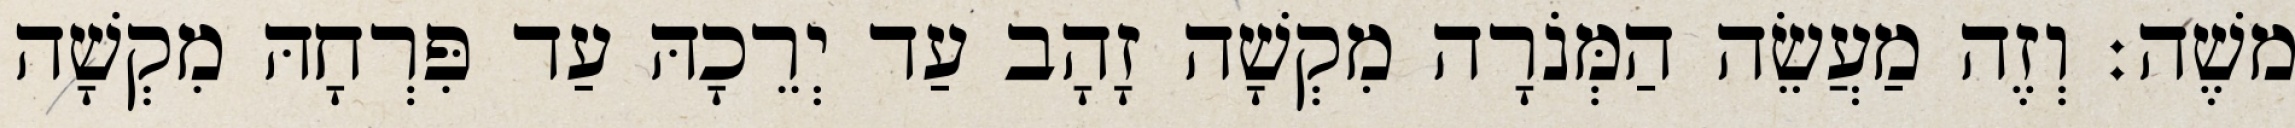
משֶׁה׃ וְזֶה מַעֲשֵׂה הַמְּנֹרָה מִקְשָׁה זָהָב עַד יְרֵכָהּ עַד פִּרְחָהּ מִקְשָׁה